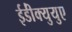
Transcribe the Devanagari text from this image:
ईडी॑क्युयुए